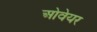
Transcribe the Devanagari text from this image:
ओवेयर